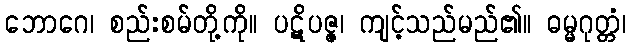
ဘောဂေ၊ စည်းစမ်တို့ကို။ ပဋိပဇ္ဇ၊ ကျင့်သည်မည်၏။ ဓမ္မဂုတ္တံ၊